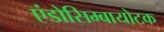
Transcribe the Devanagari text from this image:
एंडोसिम्बायोटक